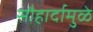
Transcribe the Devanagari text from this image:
सौहार्दामुळे